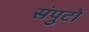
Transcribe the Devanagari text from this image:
संपुटों